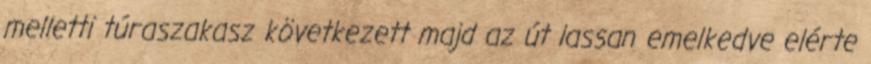
melletti túraszakasz következett majd az út lassan emelkedve elérte